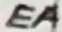
Text: EA